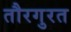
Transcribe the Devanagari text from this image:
तौरगुरत